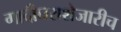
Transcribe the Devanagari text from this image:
गादीघराशेजारीच